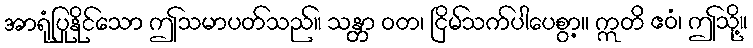
အာရုံပြုနိုင်သော ဤသမာပတ်သည်။ သန္တာ ဝတ၊ ငြိမ်သက်ပါပေစွာ့။ ဣတိ ဧဝံ၊ ဤသို့။